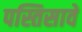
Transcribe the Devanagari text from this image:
पस्तिसावे